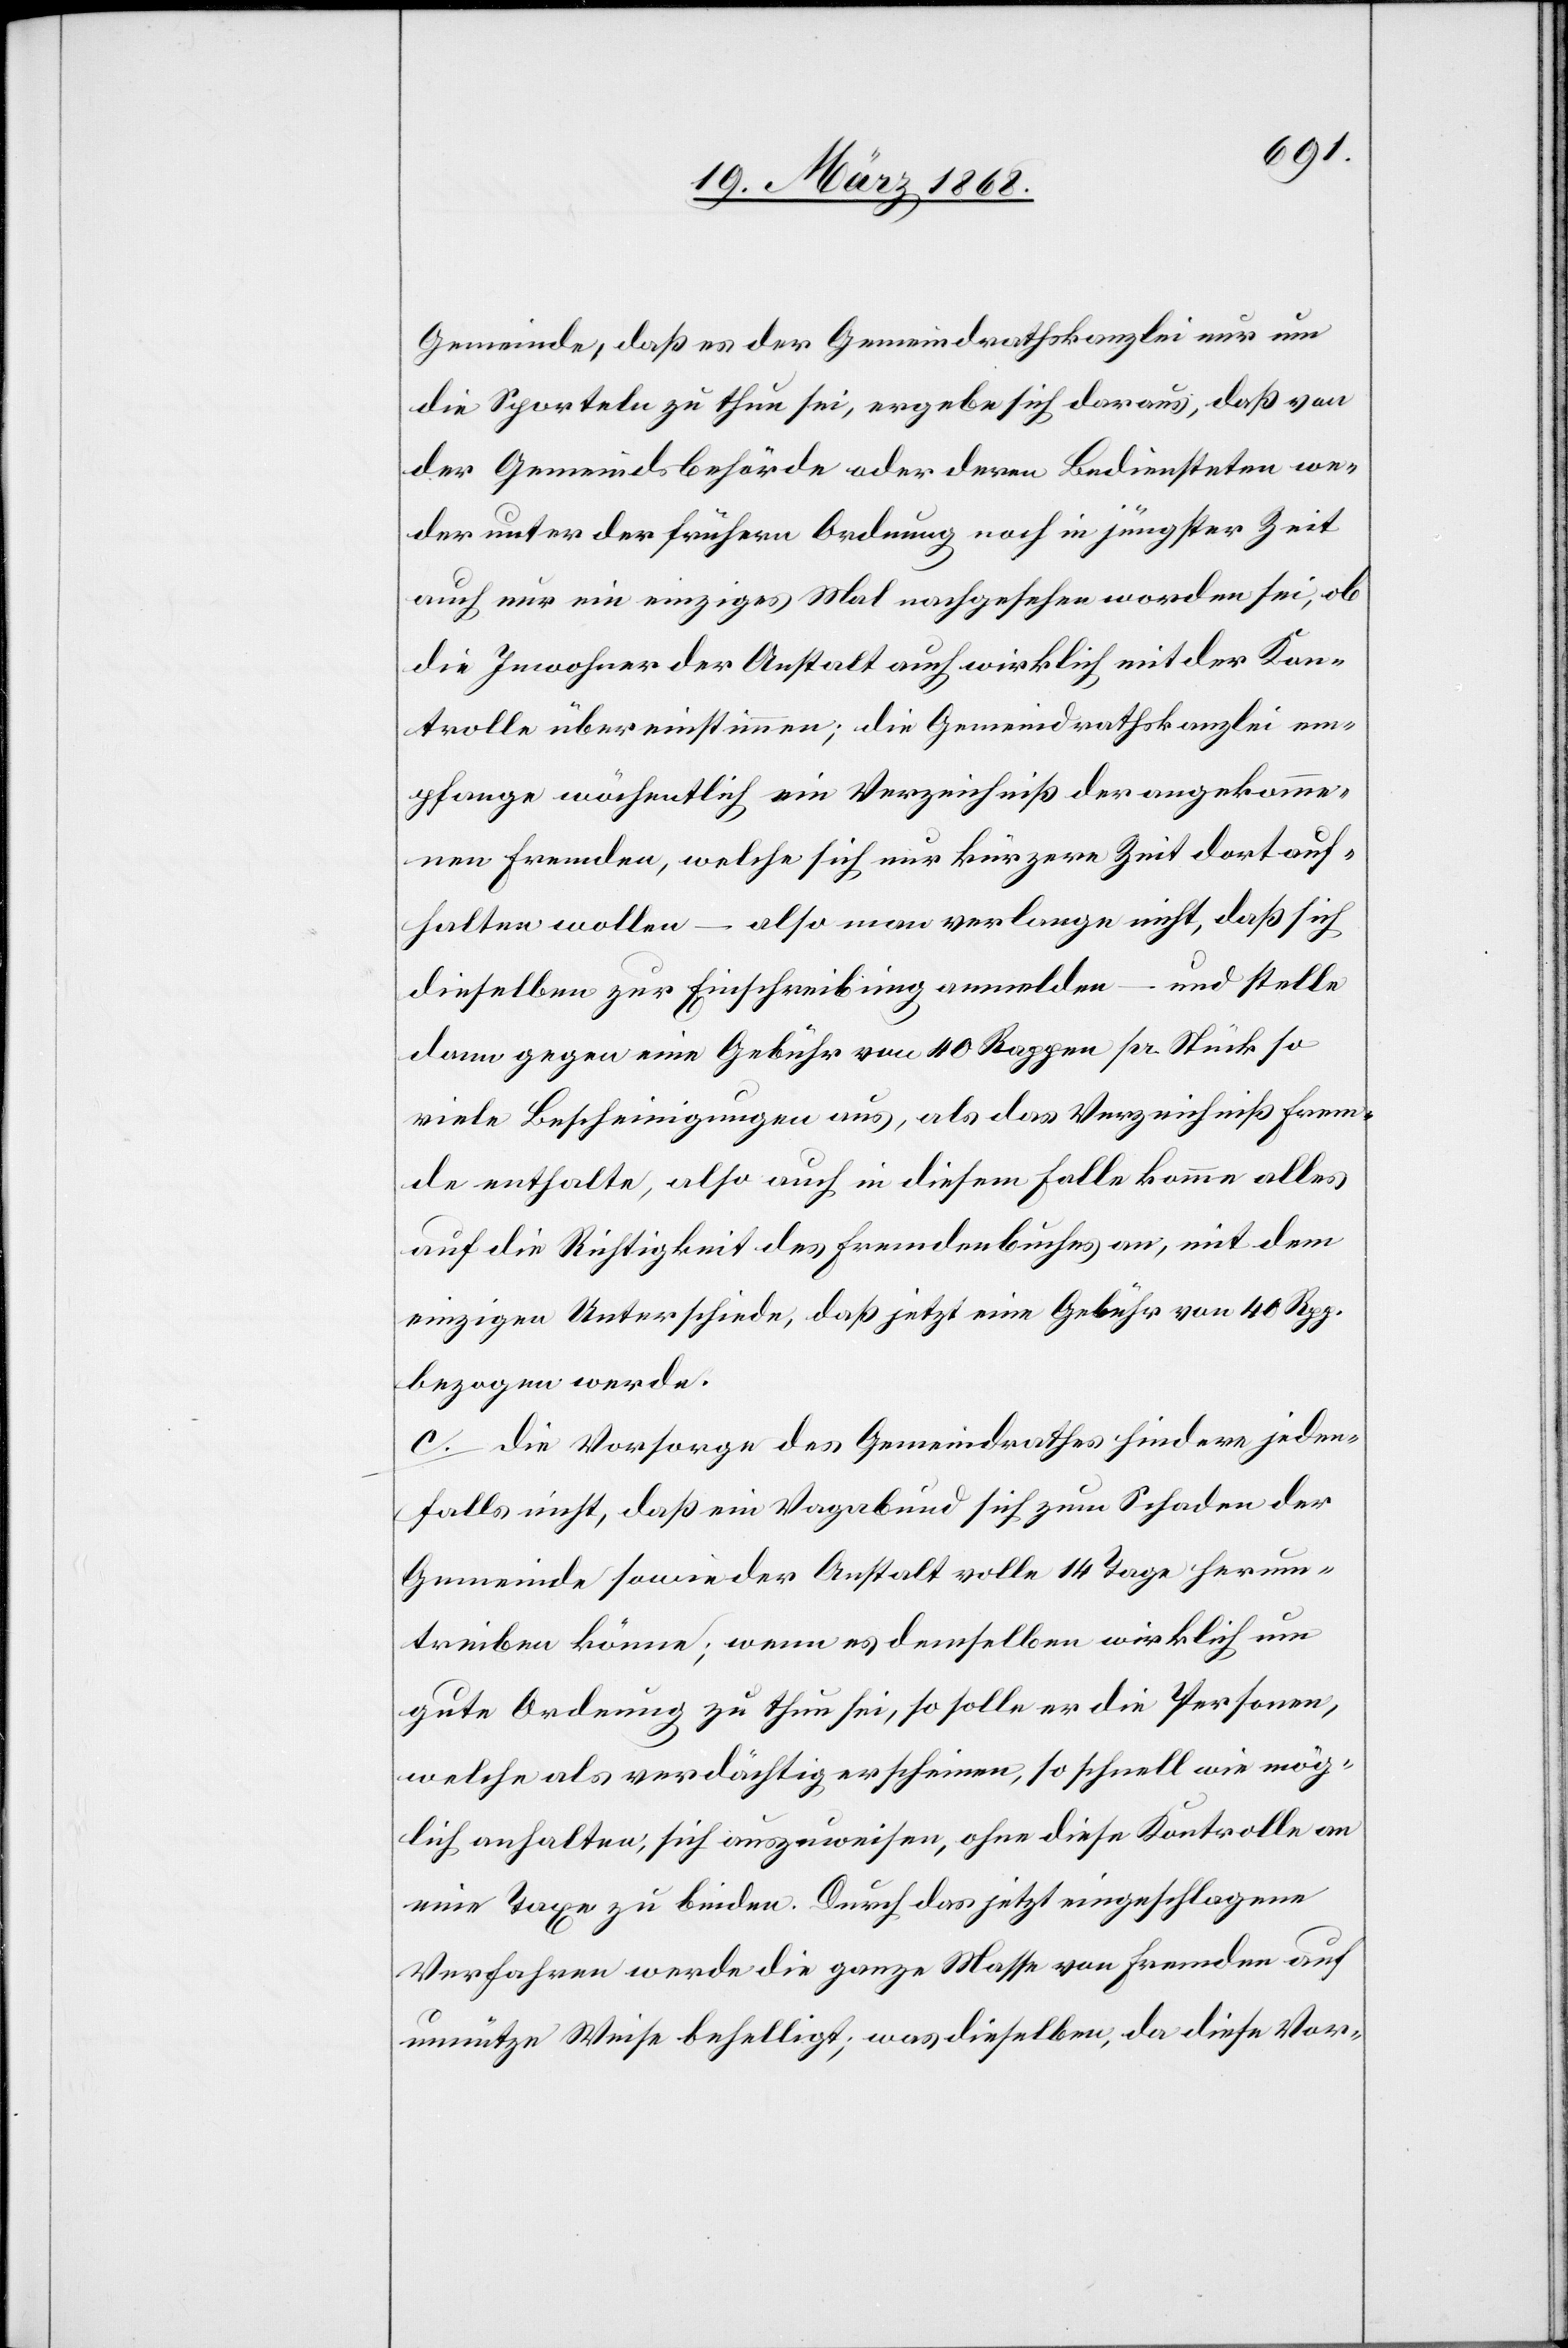
Gemeinde, daß es der Gemeindrathskanzlei nur um
die Sporteln zu thun sei, ergebe sich daraus, daß von
der Gemeindsbehörde oder deren Bediensteten we¬
der unter der frühern Ordnung noch in jüngster Zeit
auch nur ein einziges Mal nachgesehen worden sei, ob
die Inwohner der Anstalt auch wirklich mit der Kon¬
trolle übereinstimmen; die Gemeindrathskanzlei em¬
pfange wöchentlich ein Verzeichniß der angekomme¬
nen Fremden, welche sich nur kürzere Zeit dort auf¬
halten wollen – also man verlange nicht, daß sich
dieselben zur Einschreibung anmelden – und stelle
dann gegen eine Gebühr von 40 Rappen pr. Stück so
viele Bescheinigungen aus, als das Verzeichniß Frem¬
de enthalte, also auch in diesem Falle komme alles
auf die Richtigkeit des Fremdenbuches an, mit dem
einzigen Unterschiede, daß jetzt eine Gebühr von 40 Rpp.
bezogen werde.
c. Die Vorsorge des Gemeindrathes hindere jeden¬
falls nicht, daß ein Vagabund sich zum Schaden der
Gemeinde sowie der Anstalt volle 14 Tage herum¬
treiben könne; wenn es demselben wirklich um
gute Ordnung zu thun sei, so solle er die Personen,
welche als verdächtig erscheinen, so schnell wie mög¬
lich anhalten, sich auszuweisen, ohne diese Kontrolle an
eine Taxe zu binden. Durch das jetzt eingeschlagene
Verfahren werde die ganze Masse von Fremden auf
unnütze Weise behelligt; was dieselben, da diese Vor-